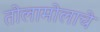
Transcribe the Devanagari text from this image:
तोलामोलाचे